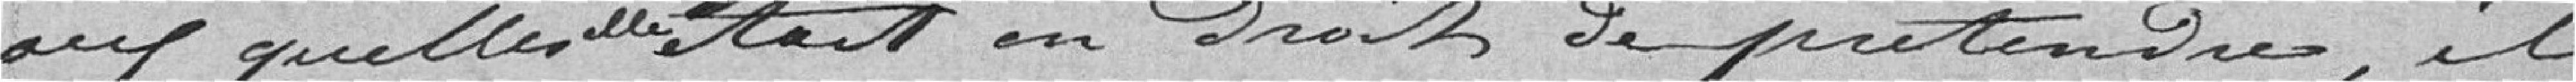
auxquelles elles étaient en droit de prétendre, il